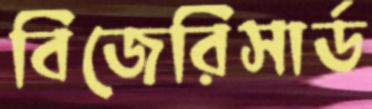
বিজেরিসার্ড